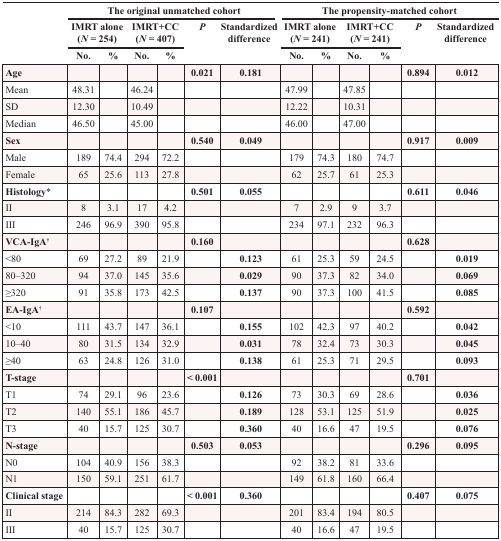
<table><thead><tr><td rowspan="3"></td><td colspan="6"><b>The original unmatched cohort</b></td><td colspan="6"><b>The propensity-matched cohort</b></td></tr><tr><td colspan="2"><b>IMRT alone (<i>N</i> = 254)</b></td><td colspan="2"><b>IMRT+CC (<i>N</i> = 407)</b></td><td rowspan="2"><b><i>P</i></b></td><td rowspan="2"><b>Standardized difference</b></td><td colspan="2"><b>IMRT alone (<i>N</i> = 241)</b></td><td colspan="2"><b>IMRT+CC (<i>N</i> = 241)</b></td><td rowspan="2"><b><i>P</i></b></td><td rowspan="2"><b>Standardized difference</b></td></tr><tr><td><b>No.</b></td><td><b>%</b></td><td><b>No.</b></td><td><b>%</b></td><td><b>No.</b></td><td><b>%</b></td><td><b>No.</b></td><td><b>%</b></td></tr></thead><tbody><tr><td><b>Age</b></td><td></td><td></td><td></td><td></td><td><b>0.021</b></td><td><b>0.181</b></td><td></td><td></td><td></td><td></td><td><b>0.894</b></td><td><b>0.012</b></td></tr><tr><td>Mean</td><td>48.31</td><td></td><td>46.24</td><td></td><td></td><td></td><td>47.99</td><td></td><td>47.85</td><td></td><td></td><td></td></tr><tr><td>SD</td><td>12.30</td><td></td><td>10.49</td><td></td><td></td><td></td><td>12.22</td><td></td><td>10.31</td><td></td><td></td><td></td></tr><tr><td>Median</td><td>46.50</td><td></td><td>45.00</td><td></td><td></td><td></td><td>46.00</td><td></td><td>47.00</td><td></td><td></td><td></td></tr><tr><td><b>Sex</b></td><td></td><td></td><td></td><td></td><td><b>0.540</b></td><td><b>0.049</b></td><td></td><td></td><td></td><td></td><td><b>0.917</b></td><td><b>0.009</b></td></tr><tr><td>Male</td><td>189</td><td>74.4</td><td>294</td><td>72.2</td><td></td><td></td><td>179</td><td>74.3</td><td>180</td><td>74.7</td><td></td><td></td></tr><tr><td>Female</td><td>65</td><td>25.6</td><td>113</td><td>27.8</td><td></td><td></td><td>62</td><td>25.7</td><td>61</td><td>25.3</td><td></td><td></td></tr><tr><td><b>Histology</b>*</td><td></td><td></td><td></td><td></td><td><b>0.501</b></td><td><b>0.055</b></td><td></td><td></td><td></td><td></td><td><b>0.611</b></td><td><b>0.046</b></td></tr><tr><td>II</td><td>8</td><td>3.1</td><td>17</td><td>4.2</td><td></td><td></td><td>7</td><td>2.9</td><td>9</td><td>3.7</td><td></td><td></td></tr><tr><td>III</td><td>246</td><td>96.9</td><td>390</td><td>95.8</td><td></td><td></td><td>234</td><td>97.1</td><td>232</td><td>96.3</td><td></td><td></td></tr><tr><td><b>VCA-IgA</b><sup>†</sup></td><td></td><td></td><td></td><td></td><td><b>0.160</b></td><td></td><td></td><td></td><td></td><td></td><td><b>0.628</b></td><td></td></tr><tr><td>&lt;80</td><td>69</td><td>27.2</td><td>89</td><td>21.9</td><td></td><td><b>0.123</b></td><td>61</td><td>25.3</td><td>59</td><td>24.5</td><td></td><td><b>0.019</b></td></tr><tr><td>80–320</td><td>94</td><td>37.0</td><td>145</td><td>35.6</td><td></td><td><b>0.029</b></td><td>90</td><td>37.3</td><td>82</td><td>34.0</td><td></td><td><b>0.069</b></td></tr><tr><td>≥320</td><td>91</td><td>35.8</td><td>173</td><td>42.5</td><td></td><td><b>0.137</b></td><td>90</td><td>37.3</td><td>100</td><td>41.5</td><td></td><td><b>0.085</b></td></tr><tr><td><b>EA-IgA</b><sup>†</sup></td><td></td><td></td><td></td><td></td><td><b>0.107</b></td><td></td><td></td><td></td><td></td><td></td><td><b>0.592</b></td><td></td></tr><tr><td>&lt;10</td><td>111</td><td>43.7</td><td>147</td><td>36.1</td><td></td><td><b>0.155</b></td><td>102</td><td>42.3</td><td>97</td><td>40.2</td><td></td><td><b>0.042</b></td></tr><tr><td>10–40</td><td>80</td><td>31.5</td><td>134</td><td>32.9</td><td></td><td><b>0.031</b></td><td>78</td><td>32.4</td><td>73</td><td>30.3</td><td></td><td><b>0.045</b></td></tr><tr><td>≥40</td><td>63</td><td>24.8</td><td>126</td><td>31.0</td><td></td><td><b>0.138</b></td><td>61</td><td>25.3</td><td>71</td><td>29.5</td><td></td><td><b>0.093</b></td></tr><tr><td><b>T-stage</b></td><td></td><td></td><td></td><td></td><td><b>&lt; 0.001</b></td><td></td><td></td><td></td><td></td><td></td><td><b>0.701</b></td><td></td></tr><tr><td>T1</td><td>74</td><td>29.1</td><td>96</td><td>23.6</td><td></td><td><b>0.126</b></td><td>73</td><td>30.3</td><td>69</td><td>28.6</td><td></td><td><b>0.036</b></td></tr><tr><td>T2</td><td>140</td><td>55.1</td><td>186</td><td>45.7</td><td></td><td><b>0.189</b></td><td>128</td><td>53.1</td><td>125</td><td>51.9</td><td></td><td><b>0.025</b></td></tr><tr><td>T3</td><td>40</td><td>15.7</td><td>125</td><td>30.7</td><td></td><td><b>0.360</b></td><td>40</td><td>16.6</td><td>47</td><td>19.5</td><td></td><td><b>0.076</b></td></tr><tr><td><b>N-stage</b></td><td></td><td></td><td></td><td></td><td><b>0.503</b></td><td><b>0.053</b></td><td></td><td></td><td></td><td></td><td><b>0.296</b></td><td><b>0.095</b></td></tr><tr><td>N0</td><td>104</td><td>40.9</td><td>156</td><td>38.3</td><td></td><td></td><td>92</td><td>38.2</td><td>81</td><td>33.6</td><td></td><td></td></tr><tr><td>N1</td><td>150</td><td>59.1</td><td>251</td><td>61.7</td><td></td><td></td><td>149</td><td>61.8</td><td>160</td><td>66.4</td><td></td><td></td></tr><tr><td><b>Clinical stage</b></td><td></td><td></td><td></td><td></td><td><b>&lt; 0.001</b></td><td><b>0.360</b></td><td></td><td></td><td></td><td></td><td><b>0.407</b></td><td><b>0.075</b></td></tr><tr><td>II</td><td>214</td><td>84.3</td><td>282</td><td>69.3</td><td></td><td></td><td>201</td><td>83.4</td><td>194</td><td>80.5</td><td></td><td></td></tr><tr><td>III</td><td>40</td><td>15.7</td><td>125</td><td>30.7</td><td></td><td></td><td>40</td><td>16.6</td><td>47</td><td>19.5</td><td></td><td></td></tr></tbody></table>